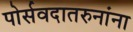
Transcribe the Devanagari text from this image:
पोर्सवदातरुनांना